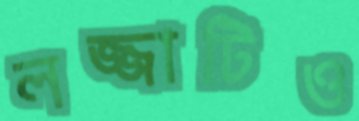
লজ্জাটিও